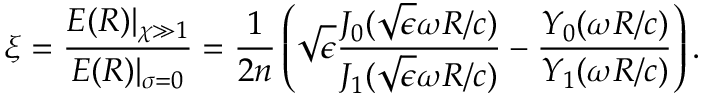
\xi = \frac { E ( R ) | _ { \chi \gg 1 } } { E ( R ) | _ { \sigma = 0 } } = \frac 1 { 2 n } \left( \sqrt { \epsilon } \frac { J _ { 0 } ( \sqrt { \epsilon } \omega R / c ) } { J _ { 1 } ( \sqrt { \epsilon } \omega R / c ) } - \frac { Y _ { 0 } ( \omega R / c ) } { Y _ { 1 } ( \omega R / c ) } \right) .